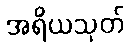
အရိယသုတ်